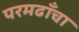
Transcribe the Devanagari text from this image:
परमढाँचा